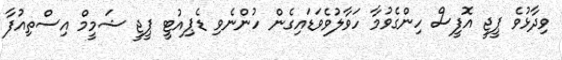
ވިދާޅުވެ ޕީޖީ އޮފީސް ހިންގެވުމާ ހަވާލުވެވަޑައިގެން ހުންނެވި ޑެޕިއުޓީ ޕީޖީ ޝަމީމް އިސްތިއުފާ